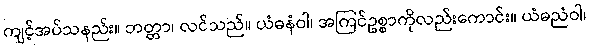
ကျင့်အပ်သနည်း။ ဘတ္တာ၊ လင်သည်။ ယံဓနံဝါ၊ အကြင်ဥစ္စာကိုလည်းကောင်း။ ယံဓညံဝါ၊